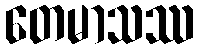
တေမာသဿ